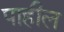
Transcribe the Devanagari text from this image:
पाहील